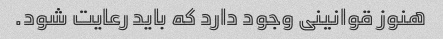
هنوز قوانینی وجود دارد که باید رعایت شود.